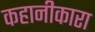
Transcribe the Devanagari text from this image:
कहानीकारा